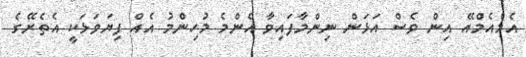
އެމްއެމްއޭ އިން ވެސް އަޅަން ނިންމާފައިވާ އެންމެ މުހިންމު އެއް ފިޔަވަޅަކީ އެތެރޭގެ